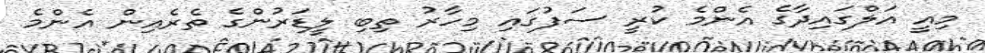
މިއީ އަލްގައިދާގެ އެންމެ ކުރީ ސަފުގައި މިހާރު ތިބި ލީޑަރުންގެ ތެރެއިން އެންމެ